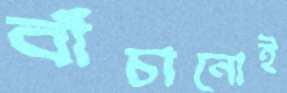
বাঁচানোই